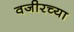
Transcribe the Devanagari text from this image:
वजीरच्या